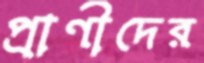
প্রাণীদের